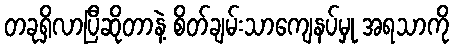
တခုရှိလာပြီဆိုတာနဲ့ စိတ်ချမ်းသာကျေနပ်မှု အရသာကို